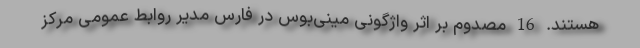
هستند. 16 مصدوم بر اثر واژگونی مینی‌بوس در فارس مدیر روابط عمومی مرکز